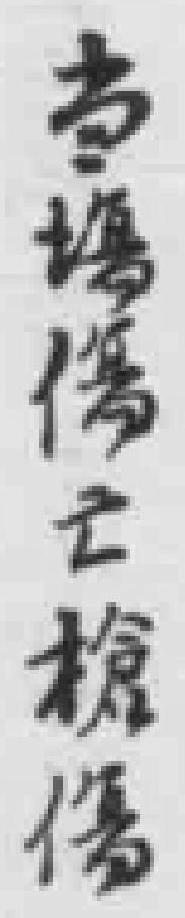
当場傷亡槍傷